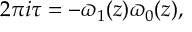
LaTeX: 2 \pi i \tau = - { \varpi _ { 1 } ( z ) \/ \varpi _ { 0 } ( z ) } ,